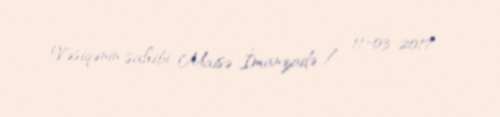
Vəsiqənin sahibi: Maisə İmanzadə / 11-03-2017